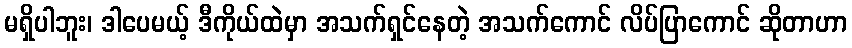
မရှိပါဘူး၊ ဒါပေမယ့် ဒီကိုယ်ထဲမှာ အသက်ရှင်နေတဲ့ အသက်ကောင် လိပ်ပြာကောင် ဆိုတာဟာ